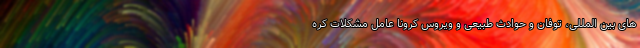
های بین المللی، توفان و حوادث طبیعی و ویروس کرونا عامل مشکلات کره